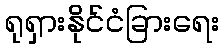
ရုရှားနိုင်ငံခြားရေး